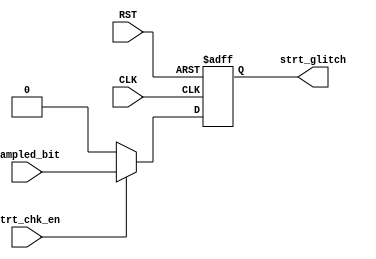
module RX_START_CHECK (
    input wire CLK,
    input wire RST,
    input wire strt_chk_en,
    input wire sampled_bit,
    output reg strt_glitch
);
    
    always @(posedge CLK or negedge RST) begin
        if (~RST) begin
            strt_glitch <= 'b0;
        end
        else if (strt_chk_en) begin
            // bit sampled = 1 means it was a glitch
            strt_glitch <= sampled_bit;
        end
        else begin
            strt_glitch <= 'b0;
        end
    end
endmodule